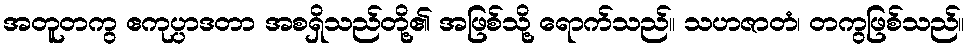
အတူတကွ ဧကုပ္ပာဒတာ အစရှိသည်တို့၏ အဖြစ်သို့ ရောက်သည်။ သဟဇာတံ၊ တကွဖြစ်သည်။